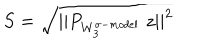
S = \sqrt { | | P _ { W _ { 3 } ^ { \sigma - m o d e l } } \; z | | ^ { 2 } }